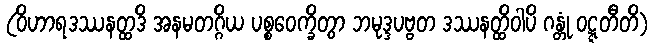
(ဝိဟာရဒဿနတ္ထဒိ အနမတဂ္ဂိယ ပစ္စဝေက္ခိတွာ ဘမုဒ္ဒပဗ္ဗတ ဒဿနတ္ထိဝါပိ ဂန္တုံ ဝဋ္ဋတီတိ)